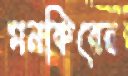
মনকিরের